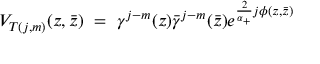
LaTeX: V _ { T ( j , m ) } ( z , \bar { z } ) ~ = ~ \gamma ^ { j - m } ( z ) \bar { \gamma } ^ { j - m } ( \bar { z } ) e ^ { \frac 2 { \alpha _ { + } } j \phi ( z , \bar { z } ) }